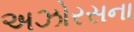
અઝોરસના